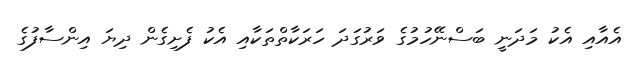
އެއާއި އެކު މަދަނީ ބަސްނޭހުމުގެ ވަރުގަދަ ހަރަކާތްތަކާއި އެކު ފެށިގެން ދިޔަ އިންސާފުގެ